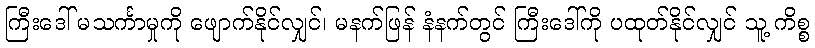
ကြီးဒေါ် မသင်္ကာမှုကို ဖျောက်နိုင်လျှင်၊ မနက်ဖြန် နံနက်တွင် ကြီးဒေါ်ကို ပထုတ်နိုင်လျှင် သူ့ ကိစ္စ